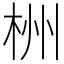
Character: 栦